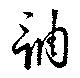
調